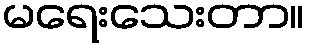
မရေးသေးတာ။